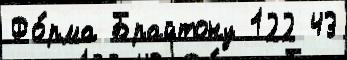
Фо́рма Брайтону 122 43